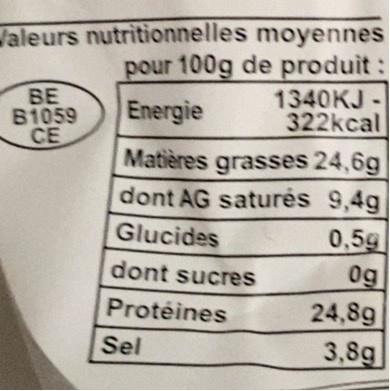
Valeurs nutritionnelles moyennes pour 100g de produit: 1340KJ - 322kcal
BE B1059 CE
Energie
Matières grasses 24,6g dont AG saturés 9,4g 0,5g 0g
Glucides
dont sucres
Proteines
24,8g 3,8g
Sel